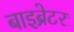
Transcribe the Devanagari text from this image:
बाइब्रेटर